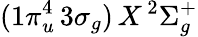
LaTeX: (1\pi_{u}^{4}\, 3\sigma_{g})\, X\, ^{2}\Sigma_{g}^{+}